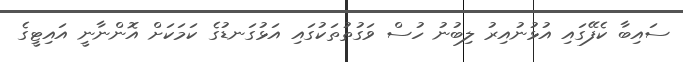
ސައިބާ ކެފޭގައި އުޅުނުއިރު ލިބުނު ހުސް ވަގުތުތަކުގައި އަޅުގަނޑުގެ ކަމަކަށް އޮންނާނީ އައިޓީގެ